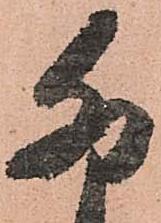
卯